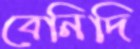
বেনিদি